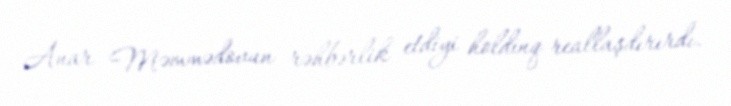
Anar Məmmədovun rəhbərlik etdiyi holdinq reallaşdırırdı.